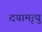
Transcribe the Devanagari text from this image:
दयामृत्यु